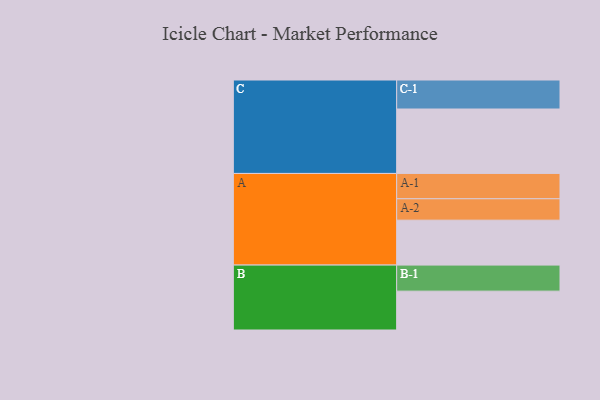
{"axis": {"x": "Segment", "y": "Value"}, "legend": ["", "A", "B", "C"], "data": [{"x": "A", "y": 378, "type": ""}, {"x": "B", "y": 327, "type": ""}, {"x": "C", "y": 542, "type": ""}, {"x": "A-1", "y": 213, "type": "A"}, {"x": "A-2", "y": 180, "type": "A"}, {"x": "B-1", "y": 219, "type": "B"}, {"x": "C-1", "y": 244, "type": "C"}]}